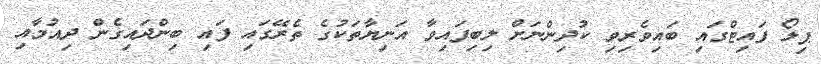
ޕިލޯ ފައިޓްގައި ބައިވެރިވި ކުދިންނަށް ލިބިފައިވާ އަނިޔާތަކުގެ ތެރޭގައި ފައި ބިންދައިގެން ދިއުމާއި